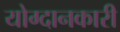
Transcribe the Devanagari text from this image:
योग्दानकारी